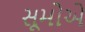
સૂમોએ